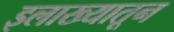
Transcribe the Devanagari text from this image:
इलाख्यातून